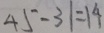
4 5 - 3 1 = 1 4